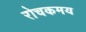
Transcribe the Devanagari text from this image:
रोचकमय